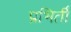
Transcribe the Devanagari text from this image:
प्रभिर्ती